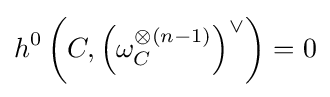
h^{0}\left(C,\left(\omega _{C}^{\otimes (n-1)}\right)^{\vee }\right)=0